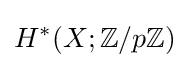
H^{*}(X;\mathbb {Z} /p\mathbb {Z} )